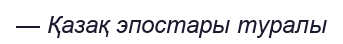
— Қазақ эпостары туралы